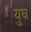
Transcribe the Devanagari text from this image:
युघ